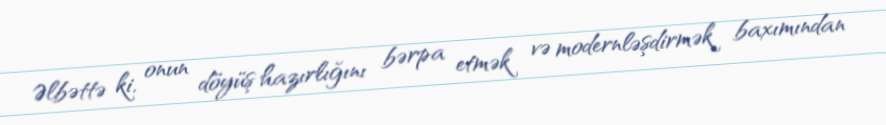
Əlbəttə ki, onun döyüş hazırlığını bərpa etmək və modernləşdirmək baxımından